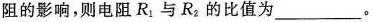
阻的影响，则电阻R_{1}与R_{2}的比值为___。